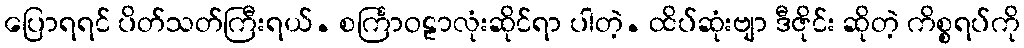
ပြောရရင် ပိတ်သတ်ကြီးရယ်. စင်္ကြာဝဠာလုံးဆိုင်ရာ ပါတဲ့. ထိပ်ဆုံးဗျာ ဒီဇိုင်း ဆိုတဲ့ ကိစ္စရပ်ကို